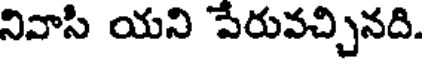
నివాసి యని పేరువచ్చినది.